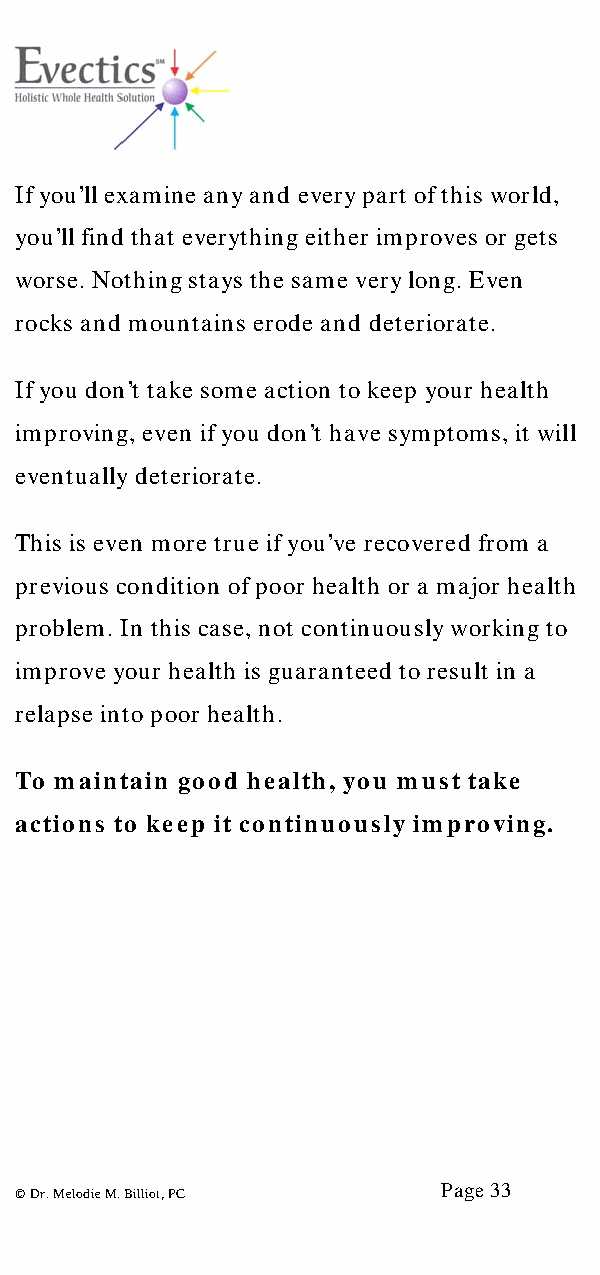
If you’ll examine any and every part of this world,
 you’ll find that everything either improves or gets
 worse. Nothing stays the same very long. Even
 rocks and mountains erode and deteriorate.
 If you don’t take some action to keep your health
 improving, even if you don’t have symptoms, it will
 eventually deteriorate.
 This is even more true if you’ve recovered from a
 previous condition of poor health or a major health
 problem. In this case, not continuously working to
 improve your health is guaranteed to result in a
 relapse into poor health.
 To maintain good health, you must take
 actions to keep it continuously improving.
 Page 33
 © Dr. Melodie M. Billiot, PC